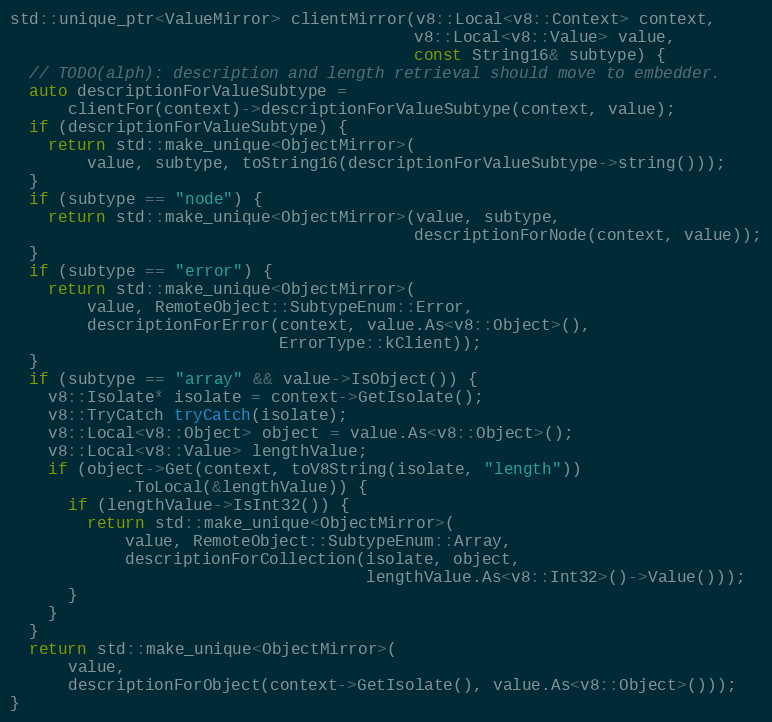
Language: C++
std::unique_ptr<ValueMirror> clientMirror(v8::Local<v8::Context> context,
                                          v8::Local<v8::Value> value,
                                          const String16& subtype) {
  // TODO(alph): description and length retrieval should move to embedder.
  auto descriptionForValueSubtype =
      clientFor(context)->descriptionForValueSubtype(context, value);
  if (descriptionForValueSubtype) {
    return std::make_unique<ObjectMirror>(
        value, subtype, toString16(descriptionForValueSubtype->string()));
  }
  if (subtype == "node") {
    return std::make_unique<ObjectMirror>(value, subtype,
                                          descriptionForNode(context, value));
  }
  if (subtype == "error") {
    return std::make_unique<ObjectMirror>(
        value, RemoteObject::SubtypeEnum::Error,
        descriptionForError(context, value.As<v8::Object>(),
                            ErrorType::kClient));
  }
  if (subtype == "array" && value->IsObject()) {
    v8::Isolate* isolate = context->GetIsolate();
    v8::TryCatch tryCatch(isolate);
    v8::Local<v8::Object> object = value.As<v8::Object>();
    v8::Local<v8::Value> lengthValue;
    if (object->Get(context, toV8String(isolate, "length"))
            .ToLocal(&lengthValue)) {
      if (lengthValue->IsInt32()) {
        return std::make_unique<ObjectMirror>(
            value, RemoteObject::SubtypeEnum::Array,
            descriptionForCollection(isolate, object,
                                     lengthValue.As<v8::Int32>()->Value()));
      }
    }
  }
  return std::make_unique<ObjectMirror>(
      value,
      descriptionForObject(context->GetIsolate(), value.As<v8::Object>()));
}